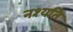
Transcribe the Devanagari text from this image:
नश्यति